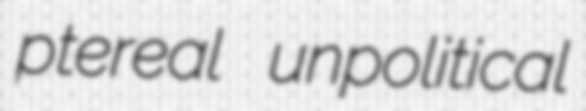
ptereal unpolitical